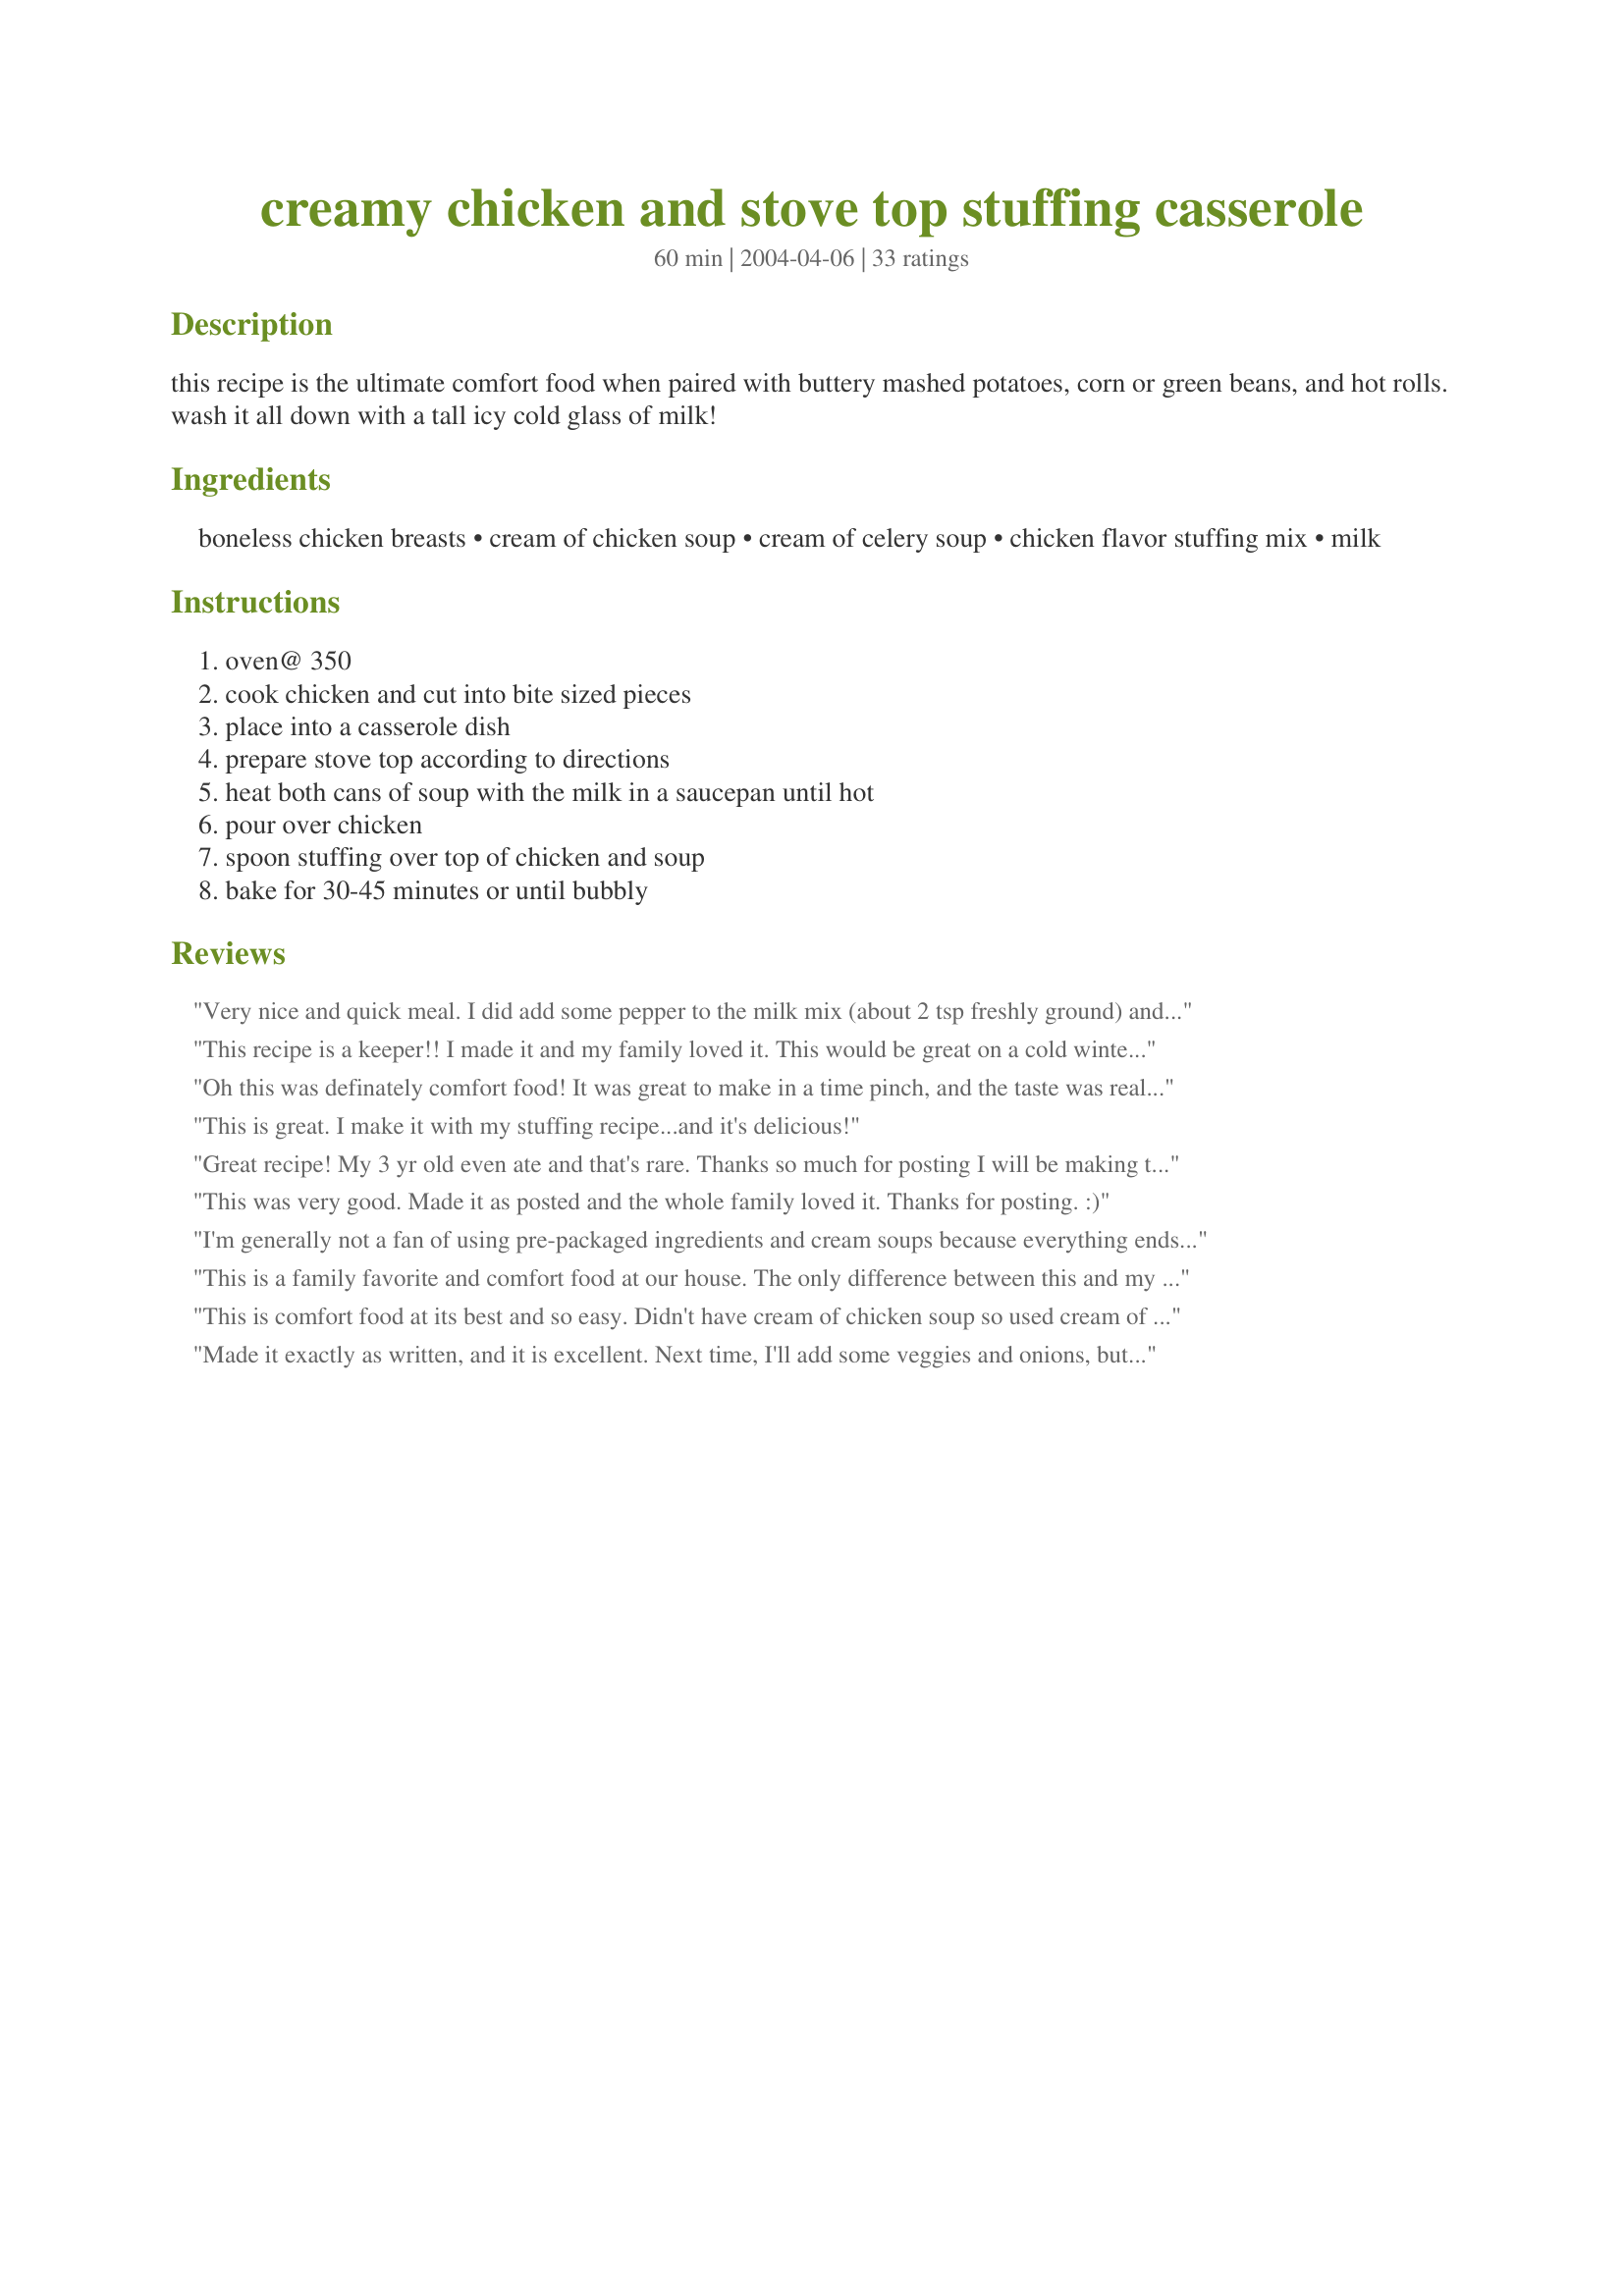
creamy chicken and stove top stuffing casserole
Preparation time: 60 minutes

this recipe is the ultimate comfort food when paired with buttery mashed potatoes, corn or green beans, and hot rolls. wash it all down with a tall icy cold glass of milk!

Ingredients:
boneless chicken breasts, cream of chicken soup, cream of celery soup, chicken flavor stuffing mix, milk

Steps:
oven@ 350, cook chicken and cut into bite sized pieces, place into a casserole dish, prepare stove top according to directions, heat both cans of soup with the milk in a saucepan until hot, pour over chicken, spoon stuffing over top of chicken and soup, bake for 30-45 minutes or until bubbly

Reviews:
Very nice and quick meal. I did add some pepper to the milk mix (about 2 tsp freshly ground) and added a small bag of frozen mixed veggies to the base. Kids loved it and I loved it for its ease.
This recipe is a keeper!! I made it and my family loved it. This would be great on a cold winter's day!
Oh this was definately comfort food! It was great to make in a time pinch, and the taste was really nice. My 6 year old loved it, and I think my husband almost finished it off. :) I made it as written, and the only thing I MIGHT change, would be to just add a bit of seasoning and maybe some frozen veggies, just to 'beef it up' a bit more. All in all, good recipe! Would have been fantastic served over hot buiscuits or rolls. Yummy.
This is great. I make it with my stuffing recipe...and it's delicious!
Great recipe! My 3 yr old even ate and that's rare. Thanks so much for posting I will be making this again for sure!
This was very good. Made it as posted and the whole family loved it. Thanks for posting. :)
I'm generally not a fan of using pre-packaged ingredients and cream soups because everything ends up tasting the same, but I was in a huge hurry and had everything on hand, so I went for it. My family gobbled it up. Talk about comfort food!
This is a family favorite and comfort food at our house. The only difference between this and my grandmother's recipe is that we sprinkle some poultry seasoning in with the soups and reduce the milk to only a cup. We cook the chicken in chicken broth and use that same water to cook the Stove Top. My kids (5 and 2) don't usually try casseroles...they prefer all food seperated but they both ask for this.
This is comfort food at its best and so easy. Didn't have cream of chicken soup so used cream of mushroom. We love dressing so will double it next time. This is a real keeper!
Made it exactly as written, and it is excellent. Next time, I'll add some veggies and onions, but this time, they were used as a side dish. Very easy, very economic, very good.
I made this for Easter and it is awesome and so simple. Only change I made was I used two boxes of stuffing and heavy cream instead of milk. I added the veggies and next time will add two packages (they wer small) and just peas and carrots. I baked in a 9 x 11 baking pan. YUMMY!!!! A keeper for sure.
Cooked exactly like recipe. Fast, easy & delicious! Leftovers were great too!
This was excellent! Very fast, easy and tasted great. I took the advice of some other members to add some veggies (mushrooms, and diced tomatoes) and it was perfect. I made a huge dish of the stuff and didn't get the chance to photo it because it went very fast like the recipe! Next time I susppose! Thanks for a wonderful dish!
super rich! great when served warm.
This stuff is so good and easy..I've made several variations from 'zaar and this one rates up there with them!
This was pretty simple and fairly delicious. I think it is missing something though... I can't quite put my finger on it. Maybe as Denise Nachtigal suggested it needs some veggies added? I did make it using a whole wheat stuffing mix. All in all a quick and tasty meal if you're on the go! Thanks :)
The only change that we made was that we added 2 cups of mixed vegetables. It was great, easy and so tasty. The ingredients are generally on hand. We really liked it.
This was very tasty. Like others had suggested; I added a couple cups of mixed small-vegetables. It&#039;s nice served with mashed potatoes and a green salad.
Yes maam! This was a hit! I made it exactly as written and it was gone in a wink!
Made it exactly as written and everyone loved it. Very easy and keeps well if dinner is delayed.
This was a great meal that was quick and easy! I'll use it again in the future!
This may be the first time I have ever reviewed a recipe a second time. I first made this recipe 6 years ago and completely forgotten I had made it or reviewed it. In any case, I am back now. I actually made some major additions to this as I was afraid of a bland result. I sauteed some onion, carrot, and celery, along with a little garlic, then added in the cubes of chicken along with plenty of salt and pepper. I replaced a cup of the milk with an 8-oz. container of sour cream, and also stirred in a bit of fresh thyme. I also added about a cup and a half or so of frozen mixed vegies before topping it with the stuffing and baking it. It was good, but I definitely should have left the garlic out. I only used two large cloves of garlic, but somehow it was enough to completely overwelm all the other flavors...and I love garlic! I love the recipe and the changes I made (minus the garlic) and will make it this way again on a day when I don't feel like working too hard to make dinner.
I don't know what went wrong here, but the stuffing came out hard and didn't cover the entire surface. Overall I thought it was kind of blah, but my kids liked it. Super easy recipe though.
This was easy to make and everyone enjoyed it, although it was a bit on the salty side. Will make again for sure, but I will leave salt out, the soups and the stuffing already have a lot of salt, no need to add any.
I made this recipe exactly as directed. However I replaced the cream of mushroom with Campbell&#039;s cheddar cheese. Also, I melted kerrygolds herb &amp; garlic butter and put it all over the stove top stuffing before I put it in. Omg my husband was so happy with it he put the hot pan on my naked body and ate it off me today was a good day.
I took this to an elderly couple at my church for a meal. They loved it. My only problem was trying to figure out what to send with it (I added the recommended vegetables) - it has all the essentials of a home cooked meal baked right in!
Now this is my kind of recipe-- simple, easy and DELICIOUS. I did add a small can of sweet peas and used two cans of Costco's chunk chicken breast, but it worked out fine. Thanks for sharing this great dish.
I have been making this recipe for many years. I now substitute chicken broth for the milk. Saving a lot of calories. For a little extra flavor and texture I saute celery and onion about 1/2 cup of each. My family likes it served with cranberry sauce on the side. Great dish !
I made this added green beans and corn in it it was delicious! I will be making it all the time as it is cheap to make and very simple!
Quick, easy, and deliciuos. This is true "comfort food". Salt, pepper, personal spices you like, or even a few vegi's can change this up, but it is very good with just the simple ingredients listed.
My family loved this! And I loved how easy it was. I'll be making this one again.
Yum. I accidentally put too much milk in and it was a little soupy. I also put in a small bag of mixed veggies. The stuffing sunk into the base, but is was so good because it flavored the sauce. The next day, it was awesome because it had firmed up. Next time, I will start with less milk and cook the soup and veggies and add more milk if needed.
I cooked my chicken in broth, and otherwise followed directions exactly. This was a quick, easy, hearty meal. I served it with cranberry sauce....it was like a mini Thanksgiving feast! This would be great to make a day ahead and run in the oven after a busy work day.
